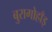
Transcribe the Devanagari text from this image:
बुरागोहाँइ